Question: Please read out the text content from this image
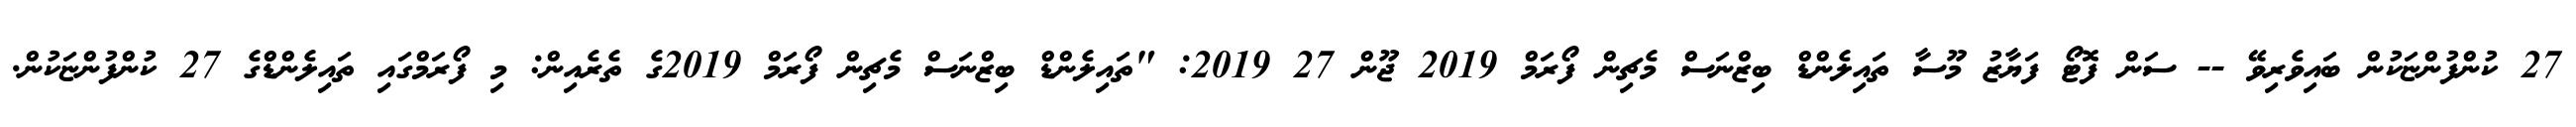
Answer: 27 ކުންފުންޏަކުން ބައިވެރިވޭ -- ސަން ފޮޓޯ ފަޔާޒު މޫސާ ތައިލެންޑް ބިޒްނަސް މެޗިން ފޯރަމް 2019 ޖޫން 27 2019: "ތައިލެންޑް ބިޒްނަސް މެޗިން ފޯރަމް 2019ގެ ތެރެއިން: މި ފޯރަމްގައި ތައިލެންޑްގެ 27 ކުންފުންޏަކުން.